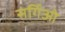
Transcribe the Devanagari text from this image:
सर्गिओ